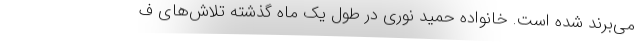
می‌برند شده است. خانواده حمید نوری در طول یک ماه گذشته تلاش‌های ف